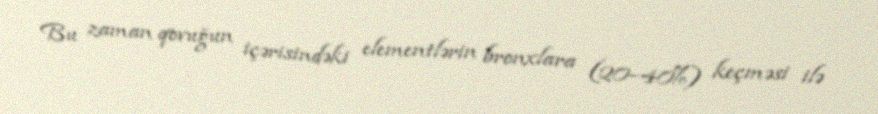
Bu zaman qovuğun içərisindəki elementlərin bronxlara (20–40%) keçməsi ilə